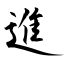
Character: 進